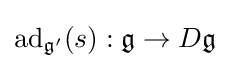
\operatorname {ad} _{{\mathfrak {g}}'}(s):{\mathfrak {g}}\to D{\mathfrak {g}}